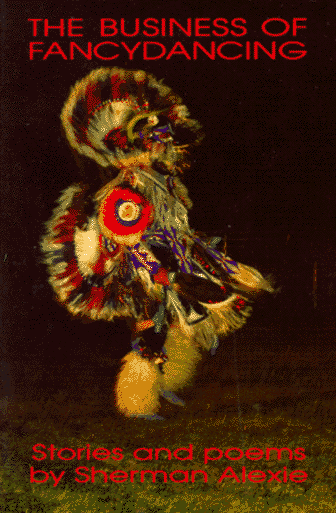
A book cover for The Business of Fancydancing:  Stories and Poems; Sherman Alexie; Literature & Fiction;